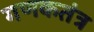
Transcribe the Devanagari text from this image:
गणकतंत्र